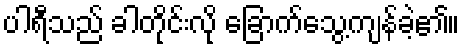
ပါရီသည် ခါတိုင်းလို ခြောက်သွေ့ကျန်ခဲ့၏။